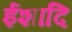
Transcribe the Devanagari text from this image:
ईशादि